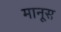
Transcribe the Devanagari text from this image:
मानूस